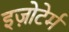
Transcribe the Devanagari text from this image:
इज़ोटेर्म